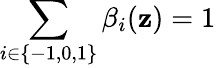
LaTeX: \sum_{i\in\{ -1,0,1\} }\beta_{i}(\mathbf{z})=1